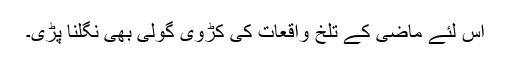
اس لئے ماضی کے تلخ واقعات کی کڑوی گولی بھی نگلنا پڑی۔